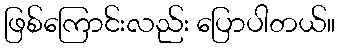
ဖြစ်ကြောင်းလည်း ပြောပါတယ်။